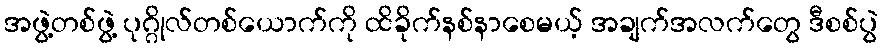
အဖွဲ့တစ်ဖွဲ့ ပုဂ္ဂိုလ်တစ်ယောက်ကို ထိခိုက်နစ်နာစေမယ့် အချက်အလက်တွေ ဒီစစ်ပွဲ